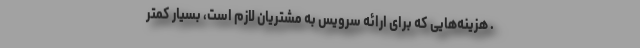
. هزینه‌هایی که برای ارائه سرویس به مشتریان لازم است، بسیار کمتر